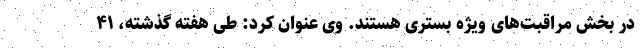
در بخش مراقبت‌های ویژه بستری هستند. وی عنوان کرد: طی هفته گذشته، ۴۱